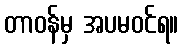
တာဝန်မှ အပမဝင်ရ။